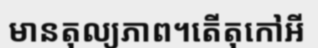
មានតុល្យភាព។តើតុកៅអី